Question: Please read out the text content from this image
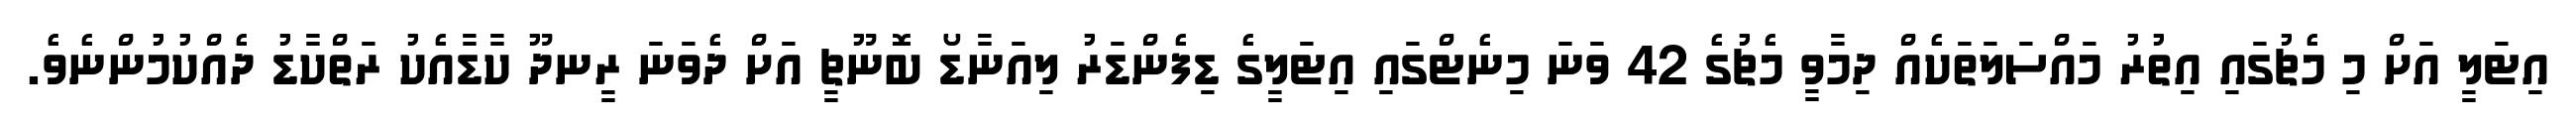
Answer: އިޓަލީ އަށް މި މެޗުގައި އިތުރު މައްސަލަތަކެއް ދިމާވީ މެޗުގެ 42 ވަނަ މިނެޓްގައި އިޓަލީގެ ޑިފެންޑަރު ލިއަނާޑޯ ބޮނޫޗީ އަށް ދެވަނަ ރީނދޫ ކާޑާއެކު ރަތްކާޑު ދެއްކުމުންނެވެ.